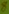
Text: 8